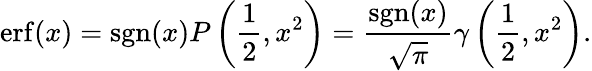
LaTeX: \operatorname{erf}(x)=\operatorname{sgn}(x)P\left({\frac{1}{2}},x^{2}\right)={\frac{\operatorname{sgn}(x)}{\sqrt{\pi}}}\gamma\left({\frac{1}{2}},x^{2}\right).